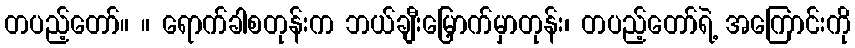
တပည့်တော်။ ။ ရောက်ခါစတုန်းက ဘယ်ချီးမြှောက်မှာတုန်း၊ တပည့်တော်ရဲ့ အကြောင်းကို